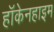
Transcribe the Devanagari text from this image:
हॉकेनहाइम